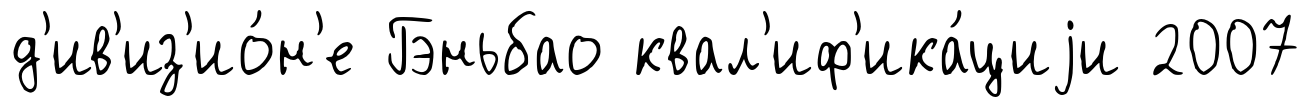
д'ив'из'ио́н'е Гэньбао квал'иф'ика́циjи 2007